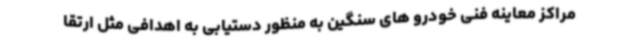
مراکز معاینه فنی خودرو های سنگین به منظور دستیابی به اهدافی مثل ارتقا